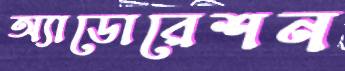
অ্যাডোরেশন